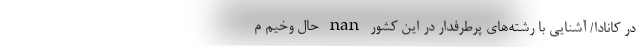
در کانادا/ آشنایی با رشته‌های پرطرفدار در این کشور nan حال وخیم م